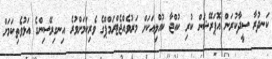
ކަނދުރާ ސީދާކުރަން އޮޕަރޭޝަން ކުރި ކުއްޖާ ކުއްލިއަކަށް މަރުވެއްޖެޓްރަމްޕްގެ ވެރިކަމަށްވުރެ އިނގިރޭސިންގެ އަޅުވެތިކަމަށް